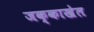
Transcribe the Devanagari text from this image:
जक्काखेल